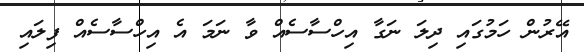
އޭރުން ހަމުގައި ދިލަ ނަގާ އިހްސާސެއް ވާ ނަމަ އެ އިހްސާސެއް ފިލައި